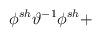
LaTeX: \begin{align*}\phi ^{sh}\vartheta ^{-1}\phi ^{sh}+\protect\end{align*}